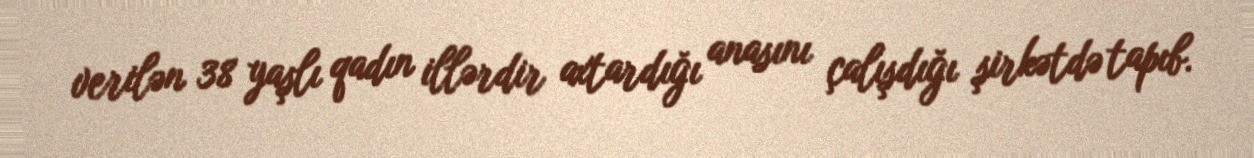
verilən 38 yaşlı qadın illərdir axtardığı anasını çalışdığı şirkətdə tapıb.